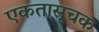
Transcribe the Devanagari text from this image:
एकतासूचक